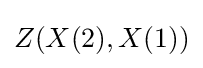
Z(X(2),X(1))